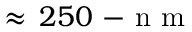
\approx \, 2 5 0 \mathrm { ~ - ~ n ~ m ~ }